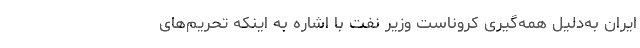
ایران به‌دلیل همه‌گیری کروناست وزیر نفت با اشاره به اینکه تحریم‌های